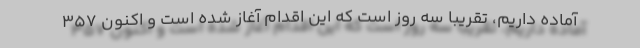
آماده داریم، تقریبا سه روز است که این اقدام آغاز شده است و اکنون ۳۵۷